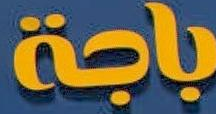
باجة